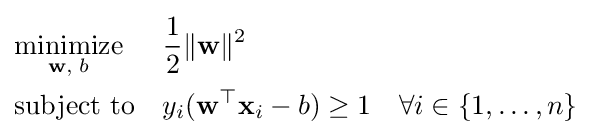
{\begin{aligned}&{\underset {\mathbf {w} ,\;b}{\operatorname {minimize} }}&&{\frac {1}{2}}\|\mathbf {w} \|^{2}\\&{\text{subject to}}&&y_{i}(\mathbf {w} ^{\top }\mathbf {x} _{i}-b)\geq 1\quad \forall i\in \{1,\dots ,n\}\end{aligned}}